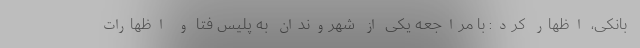
بانکی، اظهار کرد: با مراجعه یکی از شهروندان به پلیس فتا و اظهارات